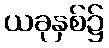
ယခုနှစ်၌